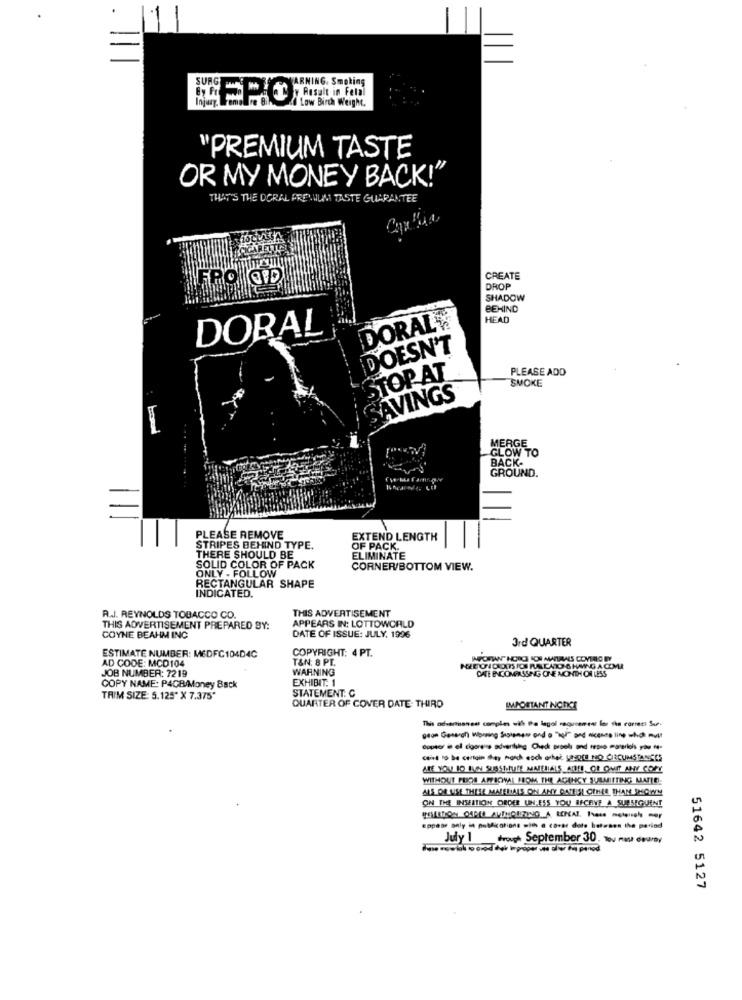
WARNING. Smoking
Low Birth Weight.
"PREMIUM TASTE
OR MY MONEY BACK!
THAT'S THE DORAL PREMIUM TASTE GUARANTEE
CREATE
DROP
SHADOW
BEHIND
DORALY
HEAD
DORAL
DOESN'T
STOP AT
PLEASE ADD
SMOKE
SAVINGS
MERGE
GLOW TO
BACK-
GROUND.
PLEASE REMOVE
EXTEND LENGTH
STRIPES BEHIND TYPE.
OF PACK.
THERE SHOULD BE
ELIMINATE
SOLID COLOR OF PACK
ONLY . FOLLOW
CORNER/BOTTOM VIEW.
RECTANGULAR SHAPE
INDICATED.
THIS ADVERTISEMENT
R.J. REYNOLDS TOBACCO CO.
THIS ADVERTISEMENT PREPARED BY:
APPEARS IN: LOTTOWORLD
COYNE BEAHM INC
DATE OF ISSUE: JULY. 1996
3rd QUARTER
COPYRIGHT: 4 PT.
ESTIMATE NUMBER: MEDFC104D4C
AD CODE: MCD104
T&N: 8 PT.
WARNING
PGEETON CROITS FOR RALCATO-& HAVING A COMER
DATE ENCOMPASSING ONE MONTH OR LESS
JOB NUMBER: 7219
EXHIBIT: 1
COPY NAME: P4GB/Money Back
STATEMENT. C
TRIM SIZE: 5.125" X 7.375"
QUARTER OF COVER DATE: THIRD
IMPORTANT NOTICE
This advartbansus comples uih Po lagol ragusanews los the correct Sur-
(list to be certain say monch eoch ochel UhOf MO CIRCUMSTANCES
ARE YOU IO BUN SUSSHUME MARLIALS_AIRE, OF OMETT ANY COPY
WITHOUT PROS AFFICHNAL FROM THE AGENCY SUBMITTING MATLO-
MAS OR USE THESE MATERIALS ON ANY ONTESI OTHER THAN SHOWN
ON THE INSERTION ORDER UN-ESS YOU RECEIVE A SUBSEQUENT
Eppese only in publications with a cavar dote beteses the period
July 1 trough September 30. Toy non courty
51642 5127